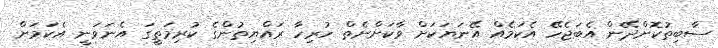
ސާބިތުކޮށްދޭން އެބަޖެހޭ އެކަމެއްް އޭނަޔަކަށް ވާކަށްނެތް ހުރިހާ ރައްޔިތުންގެ ކުރިމަތީގަ އެނަވަނީ އެކަމަށް